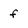
Character: f